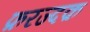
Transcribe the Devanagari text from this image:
फ़रज्दक़